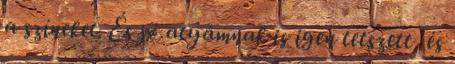
a színeket. És jó atyámnak is igen tetszett, és